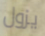
يزول